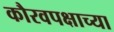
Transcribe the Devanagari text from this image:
कौरवपक्षाच्या